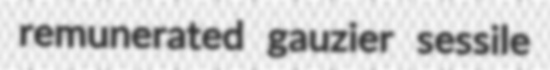
remunerated gauzier sessile